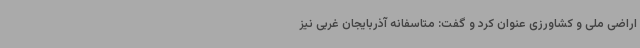
اراضی ملی و کشاورزی عنوان کرد و گفت: متاسفانه آذربایجان غربی نیز